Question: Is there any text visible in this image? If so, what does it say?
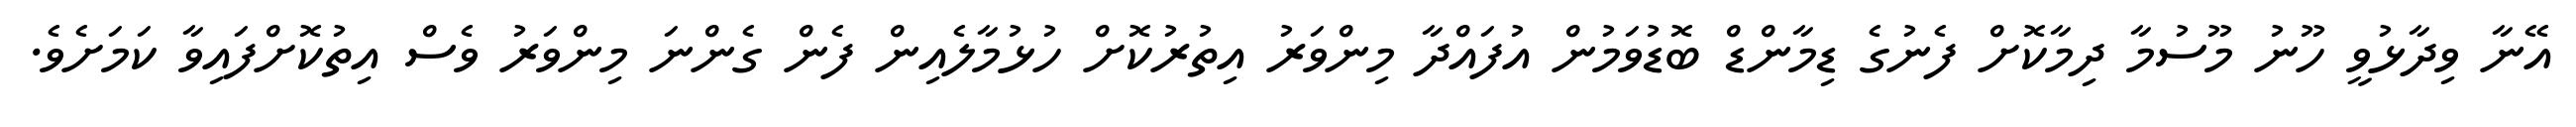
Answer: އޭނާ ވިދާޅުވީ ހޫނު މޫސުމާ ދިމާކޮށް ފެނުގެ ޑިމާންޑް ބޮޑުވަމުން އުފައްދާ މިންވަރު އިތުރުކޮށް ހުޅުމާލެއިން ފެން ގެންނަ މިންވަރު ވެސް އިތުކޮށްފައިވާ ކަމަށެވެ.